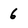
Character: 6